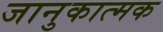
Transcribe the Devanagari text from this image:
जानुकात्मक